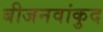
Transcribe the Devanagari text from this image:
बीजनवांकुद